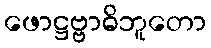
ဖောဋ္ဌဗ္ဗာဓိဘူတော